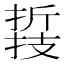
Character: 𢴛